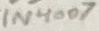
Text: 1N4007